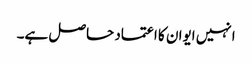
انہیں ایوان کا اعتماد حاصل ہے۔